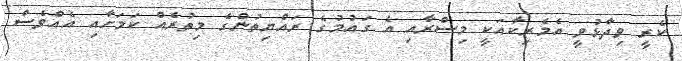
ކެރީ ވިދާޅުވީ އެމެރިކާއަކީ މިސްރާއި އެ ގައުމުގެ ރައްޔިތުންގެ މިތުރެއް ކަމަށާއި އެއްވެސް